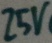
Text: 25V